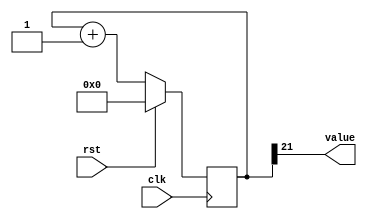
/*
   This file was generated automatically by the Mojo IDE version B1.3.6.
   Do not edit this file directly. Instead edit the original Lucid source.
   This is a temporary file and any changes made to it will be destroyed.
*/

/*
   Parameters:
     SIZE = 1
     DIV = 21
     TOP = 0
     UP = 1
*/
module counter_3 (
    input clk,
    input rst,
    output reg [0:0] value
  );
  
  localparam SIZE = 1'h1;
  localparam DIV = 5'h15;
  localparam TOP = 1'h0;
  localparam UP = 1'h1;
  
  
  reg [21:0] M_ctr_d, M_ctr_q = 1'h0;
  
  localparam MAX_VALUE = 22'h1fffff;
  
  always @* begin
    M_ctr_d = M_ctr_q;
    
    value = M_ctr_q[21+0-:1];
    if (1'h1) begin
      M_ctr_d = M_ctr_q + 1'h1;
      if (1'h0 && M_ctr_q == 22'h1fffff) begin
        M_ctr_d = 1'h0;
      end
    end else begin
      M_ctr_d = M_ctr_q - 1'h1;
      if (1'h0 && M_ctr_q == 1'h0) begin
        M_ctr_d = 22'h1fffff;
      end
    end
  end
  
  always @(posedge clk) begin
    if (rst == 1'b1) begin
      M_ctr_q <= 1'h0;
    end else begin
      M_ctr_q <= M_ctr_d;
    end
  end
  
endmodule